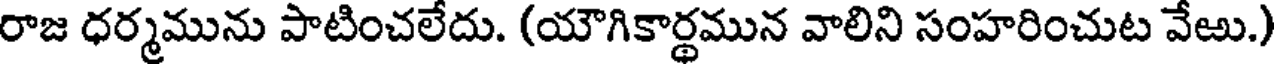
రాజ ధర్మమును పాటించలేదు. (యౌగికార్థమున వాలిని సంహరించుట వేఱు.)